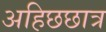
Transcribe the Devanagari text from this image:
अहिछछात्र